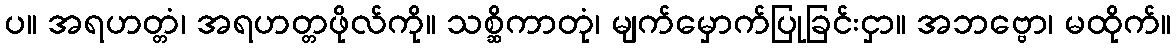
ပ။ အရဟတ္တံ၊ အရဟတ္တဖိုလ်ကို။ သစ္ဆိကာတုံ၊ မျက်မှောက်ပြုခြင်းငှာ။ အဘဗ္ဗော၊ မထိုက်။